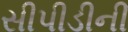
સીપીડીની